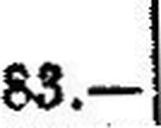
83.—